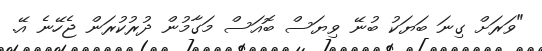
"ވަރަށް ގިނަ ބަޔަކު ބުނޭ ވިޔަސް ބޮއަސް މަގާމުން ދުރުކުރަން ޖެހޭނެ އޭ.